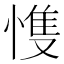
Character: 愯